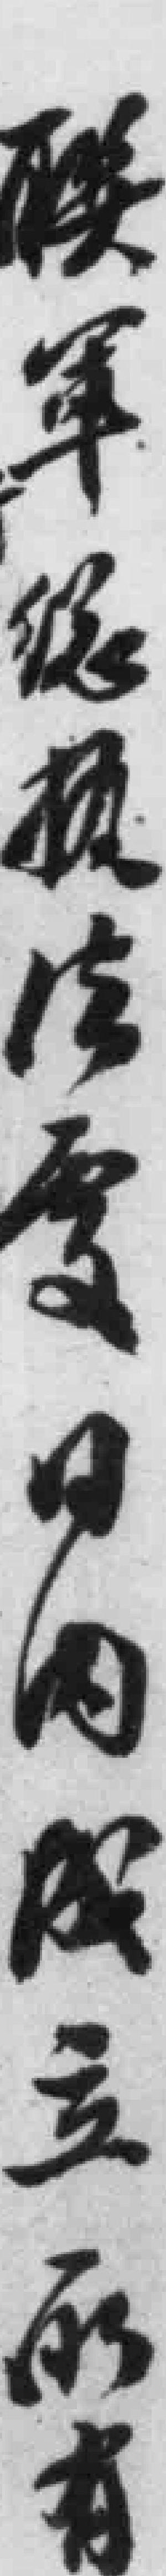
联軍縂*日內成立*有